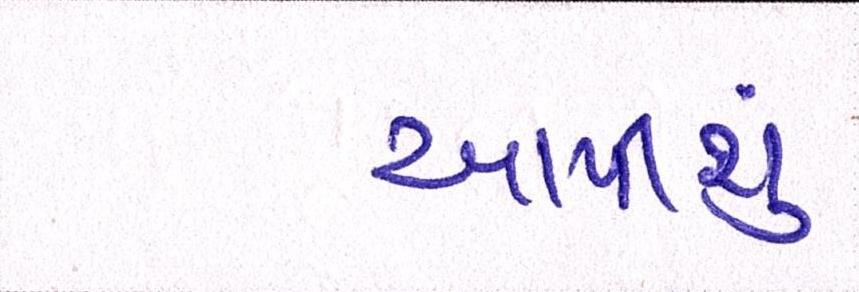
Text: આપીશું